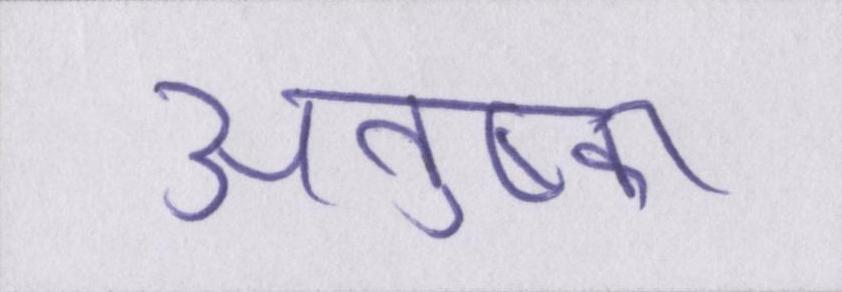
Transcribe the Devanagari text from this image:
अनुष्का